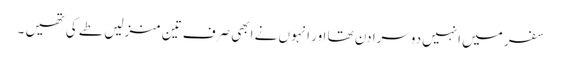
سفر میں انہیں دوسرا دن تھا اور انہوں نے ابھی صرف تین منزلیں طے کی تھیں ۔